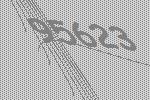
95623